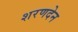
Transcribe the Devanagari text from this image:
शरणदेन